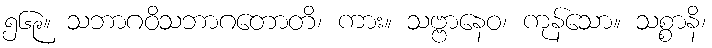
၅၆၉။ သဘာဂဝိသဘာဂတောတိ၊ ကား။ သဗ္ဗာနေဝ၊ ကုန်သော။ သစ္စာနိ၊